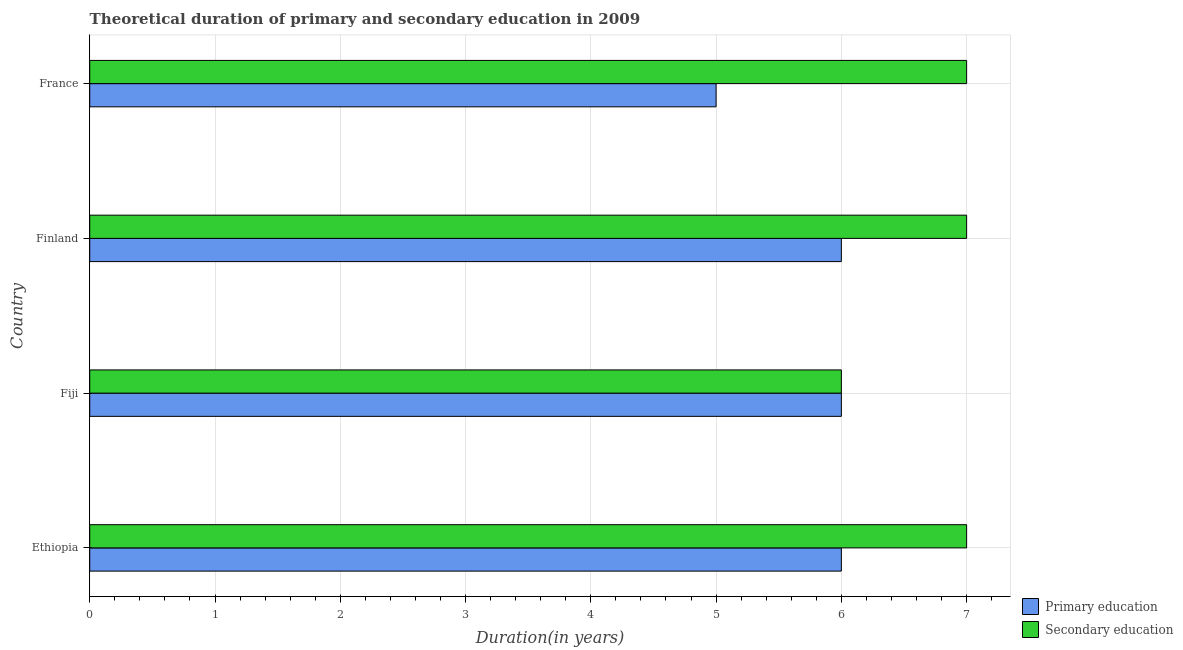
| Country | Primary education | Secondary education |
 | --- | --- | --- |
 | Ethiopia | 6 | 7 |
 | Fiji | 6 | 6 |
 | Finland | 6 | 7 |
 | France | 5 | 7 |